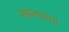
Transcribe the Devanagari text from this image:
संकलनाला